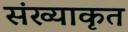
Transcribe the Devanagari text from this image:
संख्याकृत